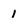
Character: 1